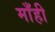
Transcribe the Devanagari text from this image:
माँही